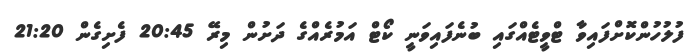
ފުލުހުންކޮށްފައިވާ ޓްވީޓެއްގައި ބުނެފައިވަނީ ކޯޓް އަމުރެއްގެ ދަށުން މިރޭ 20:45 ފެށިގެން 21:20